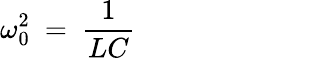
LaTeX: \omega_{0}^{2}~=~{\frac{1}{LC}}~~~~~~~~~~~~~~~~~~~~~~~~~~~~